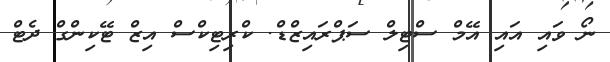
ނޯ ވައި އައި އޭމް ސްޓިލް ސަޕްރައިޒްޑް. ކްރިޓިކްސް އިޒް ޓޭކިންގް ދެޓް